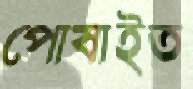
পোষাইত